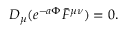
D _ { \mu } ( e ^ { - a \Phi } \bar { F } ^ { \mu \nu } ) = 0 .